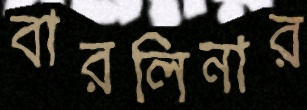
বারলিনার